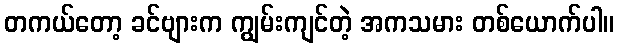
တကယ်တော့ ခင်ဗျားက ကျွမ်းကျင်တဲ့ အကသမား တစ်ယောက်ပါ။